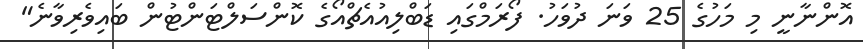
އޮންނާނީ މި މަހުގެ 25 ވަނަ ދުވަހު. ފޯރަމްގައި ޑަބްލިއުއެޗްއޯގެ ކޮންސަލްޓަންޓުން ބައިވެރިވާނެ"